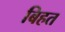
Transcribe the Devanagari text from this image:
बिहत